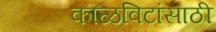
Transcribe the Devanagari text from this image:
काळविटांसाठी